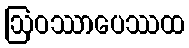
ဩဝဿာပေဿထ